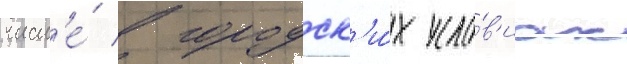
числ'е́ в городск'и́х усло́в'иах